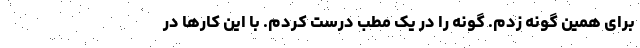
برای همین‌ گونه زدم. گونه را در یک مطب درست کردم. با این کارها در